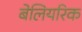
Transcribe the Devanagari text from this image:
बेलियरिक